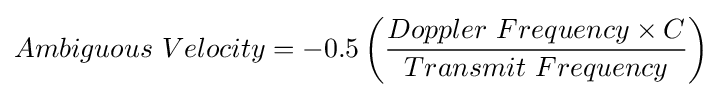
Ambiguous\ Velocity=-0.5\left({\frac {Doppler\ Frequency\times C}{Transmit\ Frequency}}\right)